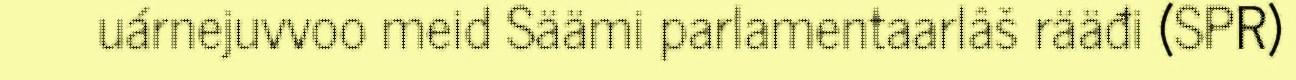
uárnejuvvoo meid Säämi parlamentaarlâš rääđi (SPR)